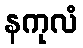
နကုလံ